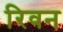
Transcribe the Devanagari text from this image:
रिवन